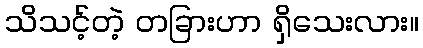
သိသင့်တဲ့ တခြားဟာ ရှိသေးလား။